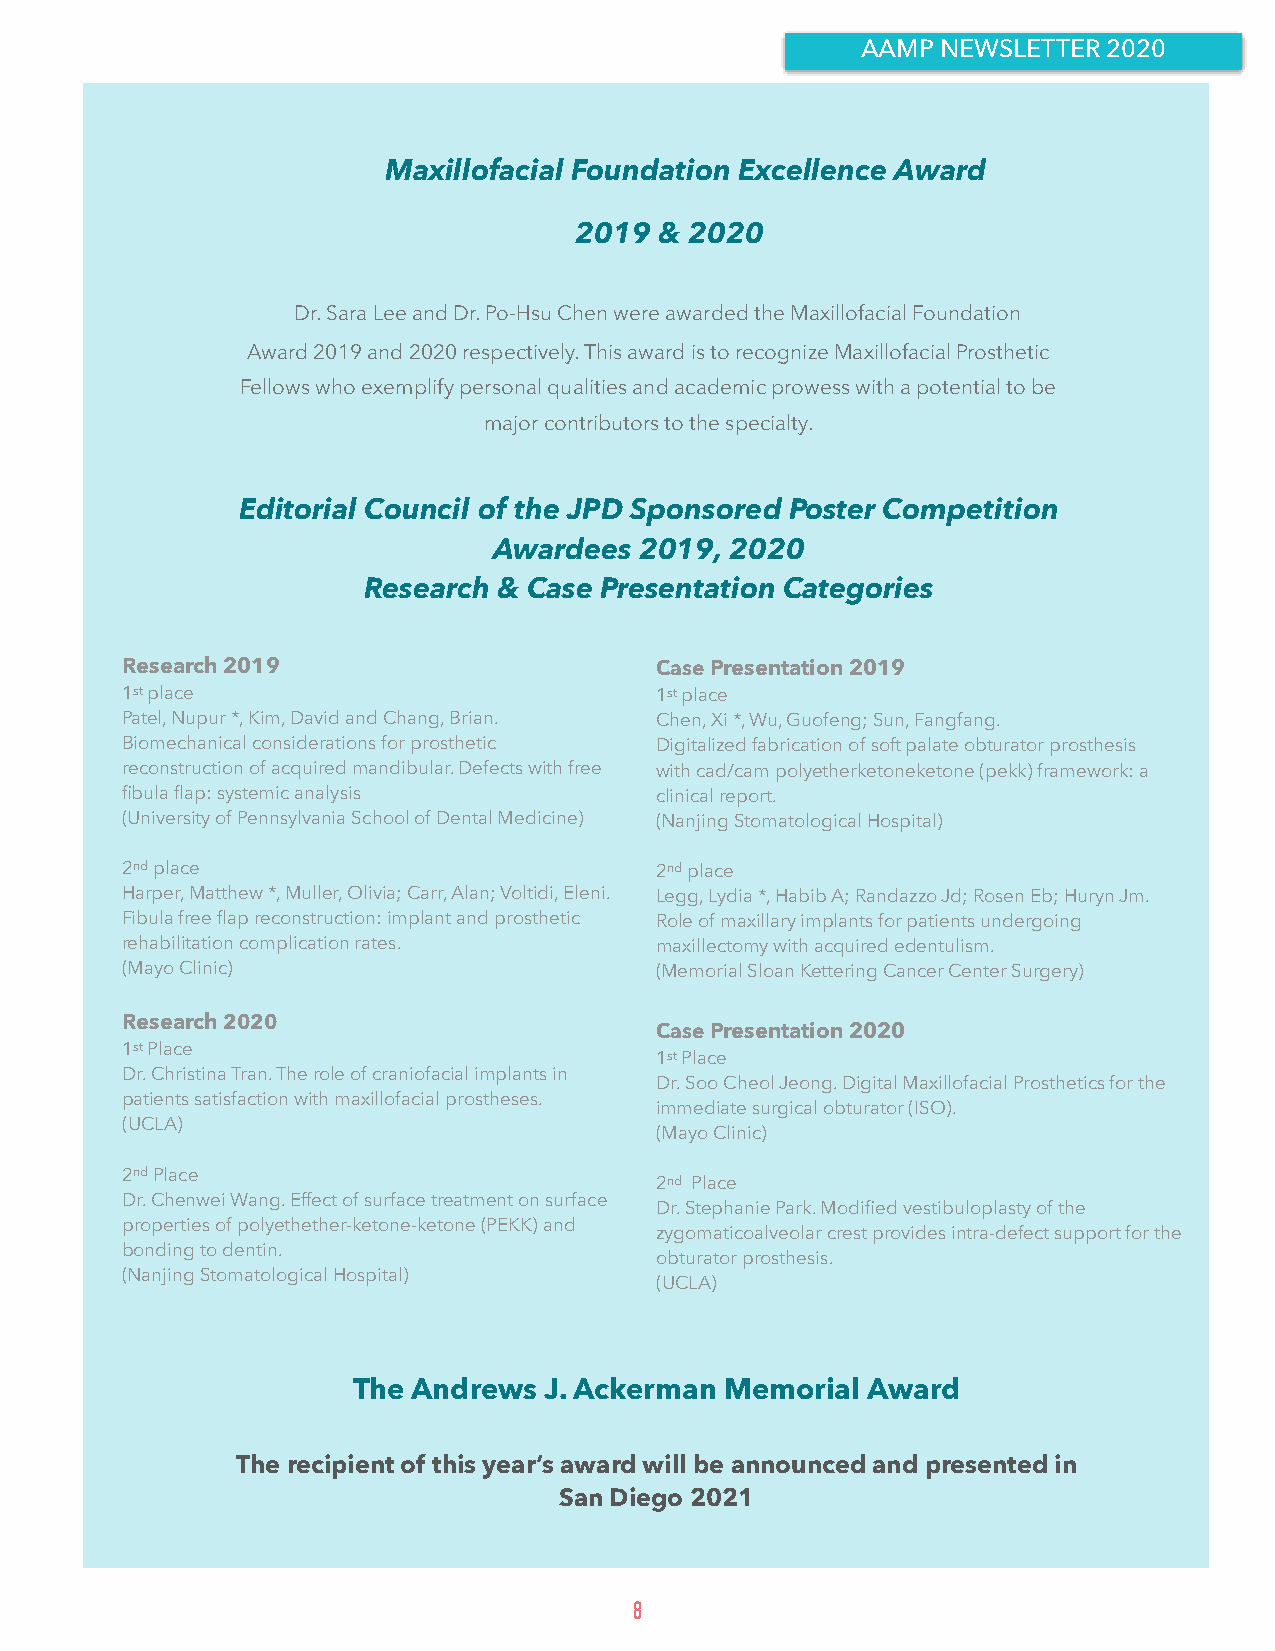
AAMP NEWSLETTER 2020
 Maxillofacial Foundation Excellence Award
 2019  & 2020
 Dr. Sara Lee and Dr. Po-Hsu Chen were awarded the Maxillofacial Foundation
 Award 2019 and 2020 respectively. This award is to recognize Maxillofacial Prosthetic
 Fellows who exemplify personal qualities and academic prowess with a potential to be
 major contributors to the specialty.
 Editorial Council of the JPD Sponsored Poster Competition
 Awardees 2019, 2020
 Research & Case Presentation Categories
 Research 2019                      Case Presentation 2019
 1st place                          1st place
 Patel, Nupur *, Kim, David and Chang, Brian. Chen, Xi *, Wu, Guofeng; Sun, Fangfang.
 Biomechanical considerations for prosthetic Digitalized fabrication of soft palate obturator prosthesis
 reconstruction of acquired mandibular. Defects with free with cad/cam polyetherketoneketone (pekk) framework: a
 fibula flap: systemic analysis     clinical report.
 (University of Pennsylvania School of Dental Medicine) (Nanjing Stomatological Hospital)
 2nd place                          2nd place
 Harper, Matthew *, Muller, Olivia; Carr, Alan; Voltidi, Eleni. Legg, Lydia *, Habib A; Randazzo Jd; Rosen Eb; Huryn Jm.
 Fibula free flap reconstruction: implant and prosthetic Role of maxillary implants for patients undergoing
 rehabilitation complication rates. maxillectomy with acquired edentulism.
 (Mayo Clinic)                      (Memorial Sloan Kettering Cancer Center Surgery)
 Research 2020
 Case Presentation 2020
 1st Place
 1st Place
 Dr. Christina Tran. The role of craniofacial implants in
 Dr. Soo Cheol Jeong. Digital Maxillofacial Prosthetics for the
 patients satisfaction with maxillofacial prostheses.
 immediate surgical obturator (ISO).
 (UCLA)
 (Mayo Clinic)
 2nd Place
 2nd Place
 Dr. Chenwei Wang. Effect of surface treatment on surface
 Dr. Stephanie Park. Modified vestibuloplasty of the
 properties of polyethether-ketone-ketone (PEKK) and
 zygomaticoalveolar crest provides intra-defect support for the
 bonding to dentin.
 obturator prosthesis.
 (Nanjing Stomatological Hospital)
 (UCLA)
 The Andrews  J. Ackerman Memorial Award
 The recipient of this year’s award will be announced and presented in
 San Diego 2021
 8